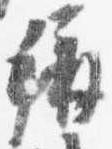
称